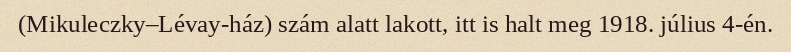
(Mikuleczky–Lévay-ház) szám alatt lakott, itt is halt meg 1918. július 4-én.